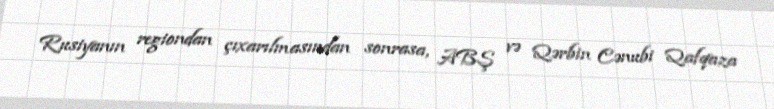
Rusiyanın regiondan çıxarılmasından sonrasa, ABŞ və Qərbin Cənubi Qafqaza